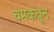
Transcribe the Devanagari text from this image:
चमकवून